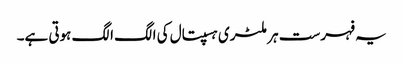
یہ فہرست ہر ملٹری ہسپتال کی الگ الگ ہوتی ہے۔